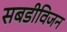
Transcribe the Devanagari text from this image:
सबडीविजन